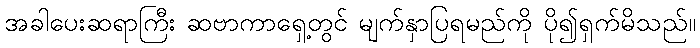
အခါပေးဆရာကြီး ဆဗာကာရှေ့တွင် မျက်နှာပြရမည်ကို ပို၍ရှက်မိသည်။